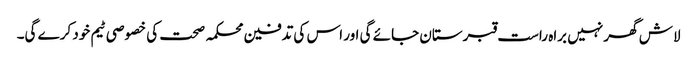
لاش گھر نہیں براہ راست قبرستان جائے گی اور اس کی تدفین محکمہ صحت کی خصوصی ٹیم خود کرے گی۔